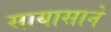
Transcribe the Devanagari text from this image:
सायासाने